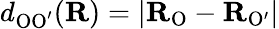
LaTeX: d_{\mathrm{OO^{\prime}}}(\mathbf{R})=|\mathbf{R}_{\mathrm{O}}-\mathbf{R}_{\mathrm{O^{\prime}}}|